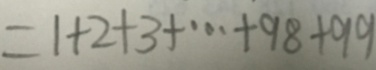
= 1 + 2 + 3 + \cdots + 9 8 + 9 9